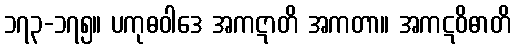
၁၇၃-၁၇၅။ ပကုဓဝါဒေ အကဋာတိ အကတာ။ အကဋဝိဓာတိ